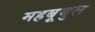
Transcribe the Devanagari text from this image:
महबूबुल